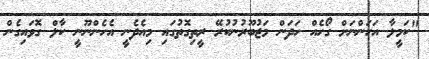
"ކަމީލާ އަހަންނަށް ގޯހެއް ހަދަން މަޖުބޫރުނުކުރޭ ރީތިގޮތުގައި މިއެދެނީ އެހެންނޫނީ ކާލް ގޮވައިގެން